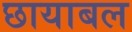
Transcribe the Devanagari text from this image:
छायाबल